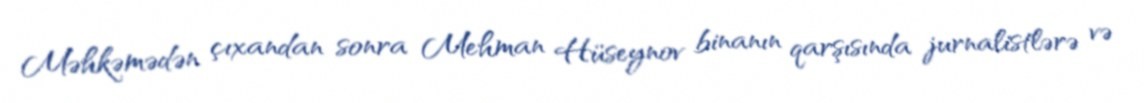
Məhkəmədən çıxandan sonra Mehman Hüseynov binanın qarşısında jurnalistlərə və